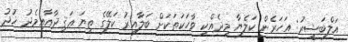
އަލްބަޝީރު: އަހަރެން ކަލެޔާ މިދެއްކި ވާހަކަތަކަށް ބަލާއިރު ކަލޭގެ ތިޔަ ޢަޤިދާއާއިމެދު ޚުދު